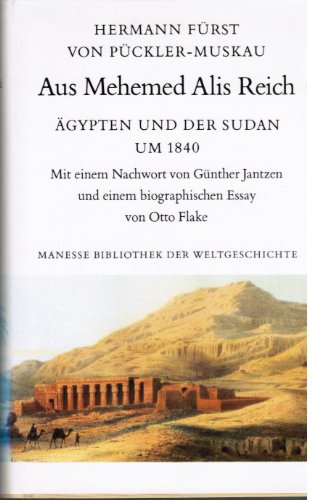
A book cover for Aus Mehemed Alis Reich: Agypten und der Sudan um 1840 (Manesse Bibliothek der Weltgeschichte) (German Edition); Hermann Furst von Puckler-Muskau; Travel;